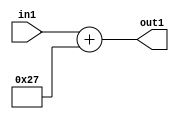
`timescale 1ps / 1ps
/*****************************************************************************
    Verilog RTL Description
    
    
    Created by: Stratus DpOpt 2019.1.01 
*******************************************************************************/

module DC_Filter_Add_12U_152_1 (
	in1,
	out1
	); /* architecture "behavioural" */ 
input [11:0] in1;
output [11:0] out1;
wire [11:0] asc001;

assign asc001 = 
	+(in1)
	+(12'B000000100111);

assign out1 = asc001;
endmodule

/* CADENCE  urj5Tws= : u9/ySgnWtBlWxVPRXgAZ4Og= ** DO NOT EDIT THIS LINE ******/